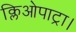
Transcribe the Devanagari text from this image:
क्लिओपाट्रा।